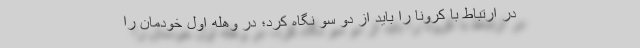
در ارتباط با کرونا را باید از دو سو نگاه کرد؛ در وهله اول خودمان را